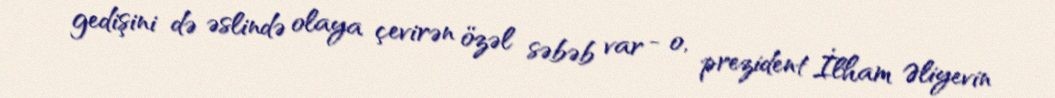
gedişini də əslində olaya çevirən özəl səbəb var - o, prezident İlham Əliyevin